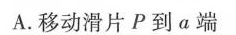
A.移动滑片P到a端